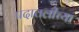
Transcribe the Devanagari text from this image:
पदावलीच्या